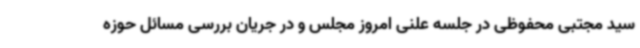
سید مجتبی محفوظی در جلسه علنی امروز مجلس و در جریان بررسی مسائل حوزه